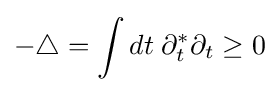
-\triangle =\int dt\;\partial _{t}^{\ast }\partial _{t}\geq 0